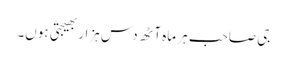
جی صاحب ہر ماہ آٹھ دس ہزار بھیجتی ہوں۔